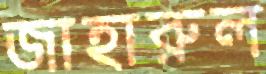
জাহারুল